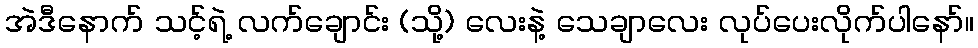
အဲဒီနောက် သင့်ရဲ့ လက်ချောင်း (သို့) လေးနဲ့ သေချာလေး လုပ်ပေးလိုက်ပါနော်။